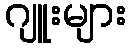
ဂျူးများ